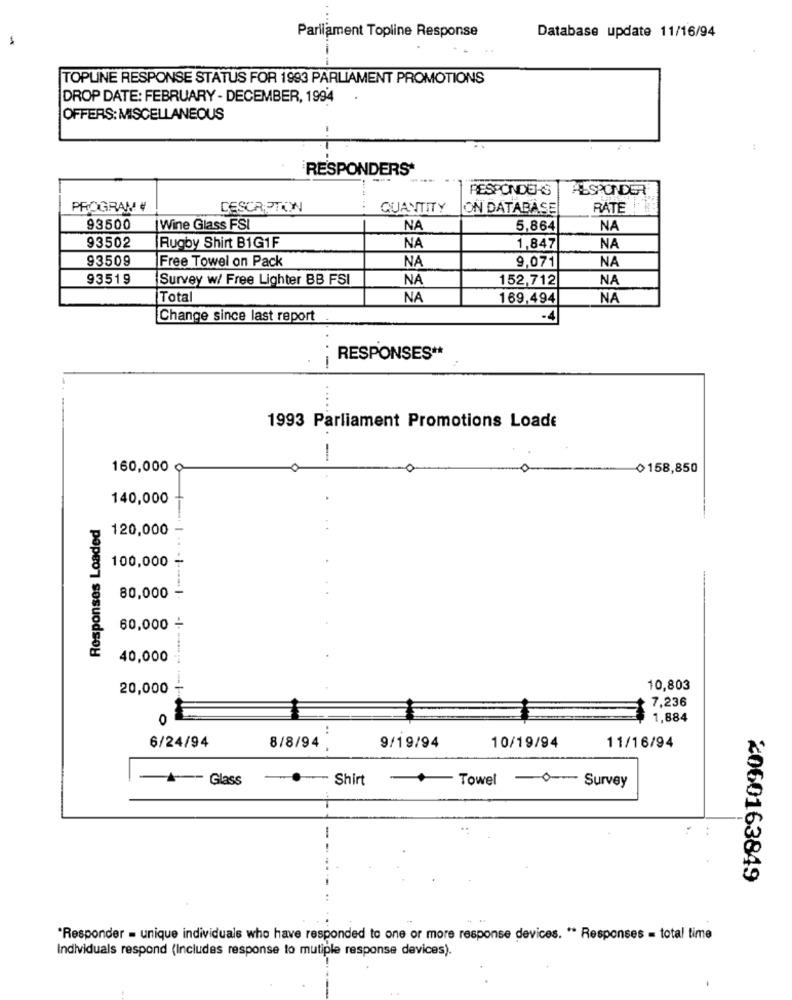
Parliament Topline Response
Database update 11/16/94
TOPLINE RESPONSE STATUS FOR 1993 PARLIAMENT PROMOTIONS
DROP DATE: FEBRUARY - DECEMBER, 1994
OFFERS: MISCELLANEOUS
RESPONDERS*
RESPONDERS
ALSPONDER
PROGRAM #
DESCRIPTION
QUANTITY
ON DATABASE
RATE
93500
Wine Glass FSI
NA
5,864
NA
93502
NA
Rugby Shirt B1G1F
1,847
NA
93509
Free Towel on Pack
NA
NA
9,071
93519
Survey w/ Free Lighter BB FSI
NA
152,712
NA
Total
NA
169,494
NA
Change since last report
-4
RESPONSES **
.-
1993 Parliament Promotions Loade
-
160,000 ¢
₾158,850
140,000
Responses Loaded
120,000
100,000 +
80,000 -
60,000 +
40,000
20,000 +
10,803
· 7,236
0
1,884
..
9/19/94
10/19/94
6/24/94
8/8/94 .
11/16/94
- Shirt
+ Towel
Survey
Glass
-
2060163849
*Responder = unique individuals who have responded to one or more response devices. " Responses - total time
Individuals respond (Includes response to mutiple response devices).